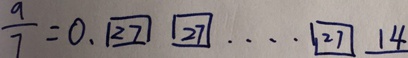
\frac { 9 } { 7 } = 0 . \boxed { 2 7 } \boxed { 2 7 } \cdots \boxed { 2 7 } 1 4